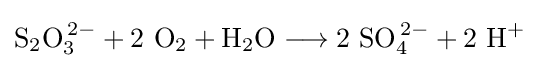
\mathrm {S_{2}O_{3}^{\,2-}+2\ O_{2}+H_{2}O\longrightarrow 2\ SO_{4}^{\,2-}+2\ H^{+}}